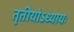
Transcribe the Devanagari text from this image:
तृतीयोऽध्यायः